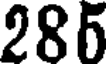
285